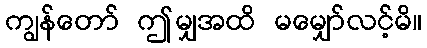
ကျွန်တော် ဤမျှအထိ မမျှော်လင့်မိ။